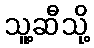
သူ့ဆီသို့